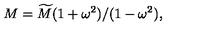
M = \widetilde { M } ( 1 + \omega ^ { 2 } ) / ( 1 - \omega ^ { 2 } ) ,